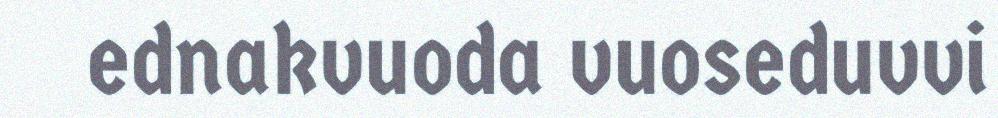
ednakvuoda vuoseduvvi